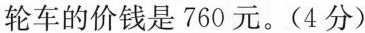
轮车的价钱是760元。(4分)